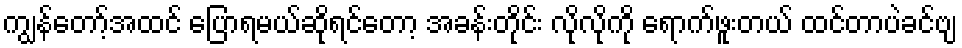
ကျွန်တော့်အထင် ပြောရမယ်ဆိုရင်တော့ အခန်းတိုင်း လိုလိုကို ရောက်ဖူးတယ် ထင်တာပဲခင်ဗျ